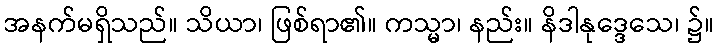
အနက်မရှိသည်။ သိယာ၊ ဖြစ်ရာ၏။ ကသ္မာ၊ နည်း။ နိဒါနုဒ္ဒေသေ၊ ၌။